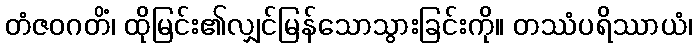
တံဇဝဂတိံ၊ ထိုမြင်း၏လျှင်မြန်သောသွားခြင်းကို။ တဿံပရိဿာယံ၊